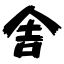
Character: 舎